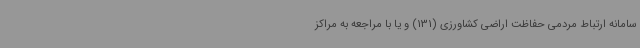
سامانه ارتباط مردمی حفاظت اراضی کشاورزی (131) و یا با مراجعه به مراکز